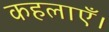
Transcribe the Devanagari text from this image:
कहलाएँ।